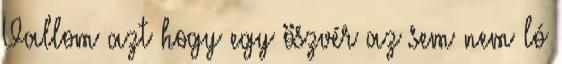
Vallom azt hogy egy öszvér az sem nem ló